画像に写った文字を読んでください
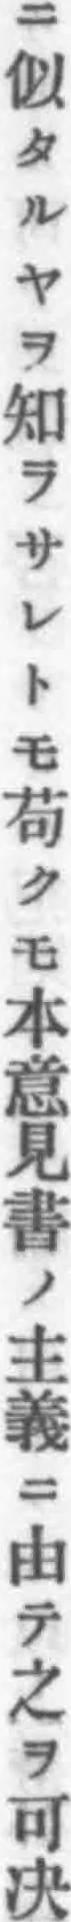
「ニ似タルヤヲ知ラサレトモ苟クモ本意見書ノ主義ニ由テ之ヲ可决」と書いてあります